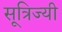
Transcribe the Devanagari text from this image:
सूत्रिज्यी